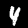
Label: 4